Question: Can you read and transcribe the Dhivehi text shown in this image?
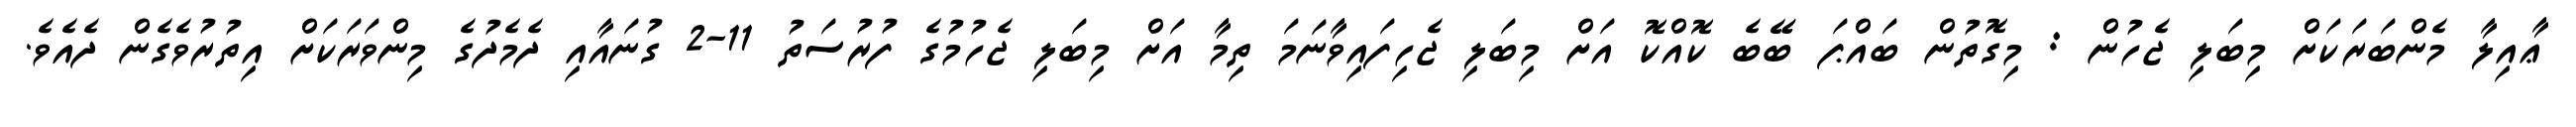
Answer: ޢާއިލާ މެންބަރަކަށް މިބަލި ޖެހުން : މިގޮތުން ބައްޕަ ބޭބެ ކޮއްކޮ އަށް މިބަލި ޖެހިފައިވާނަމަ ތިމާ އަށް މިބަލި ޖެހުމުގެ ފުރުސަތު 11-2 ގުނައާއި ދެމެދުގެ މިންވަރަކަށް އިތުރުވެގެން ދެއެވެ.